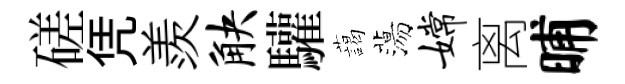
磋凭羨觖驩藹蕩嫦离晡